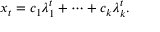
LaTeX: x _ { t } = c _ { 1 } \lambda _ { 1 } ^ { t } + \cdots + c _ { k } \lambda _ { k } ^ { t } .